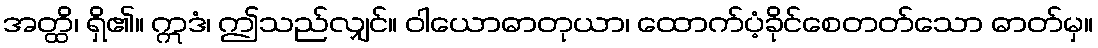
အတ္ထိ၊ ရှိ၏။ ဣဒံ၊ ဤသည်လျှင်။ ဝါယောဓာတုယာ၊ ထောက်ပံ့ခိုင်စေတတ်သော ဓာတ်မှ။